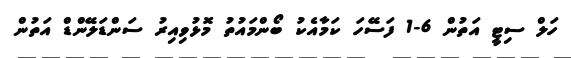
ހަލް ސިޓީ އަތުން 6-1 ފަސޭހަ ކަމާއެކު ބޯންމައުތު މޮޅުވިއިރު ސަންޑަލޭންޑް އަތުން